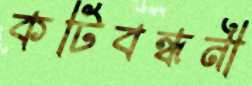
কটিবন্ধনী